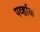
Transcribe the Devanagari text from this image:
पर्व्हाक